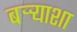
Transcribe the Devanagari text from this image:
बऱ्र्‍याशा